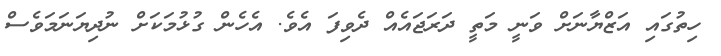
ހިތުގައި އަޒްޔާނަށް ވަނީ މަތީ ދަރަޖައެއް ދެވިފަ އެވެ. އެހެން ގުޅުމަކަށް ނުދިޔަނަމަވެސް